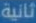
ثانية